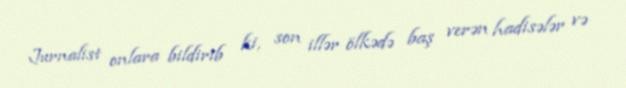
Jurnalist onlara bildirib ki, son illər ölkədə baş verən hadisələr və